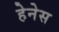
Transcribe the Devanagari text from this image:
हेनेस